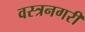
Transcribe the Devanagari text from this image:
वस्त्रनगरी